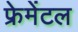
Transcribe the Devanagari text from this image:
फ्रेमेंटल